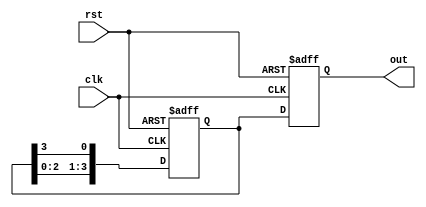
module RingCounter (
  input wire clk, // Clock input
  input wire rst, // Reset input
  output reg [3:0] out // Output register
);

reg [3:0] d; // D flip-flop input

always @ (posedge clk or posedge rst) begin
  if (rst) begin
    d <= 4'b0001; // Initial state
  end else begin
    d <= {d[2:0], d[3]}; // Shift the output bit through each flip-flop in a circular pattern
  end
end

// Output register
always @ (posedge clk or posedge rst) begin
  if (rst) begin
    out <= 4'b0001; // Initial state
  end else begin
    out <= d; // Output the current state
  end
end

endmodule